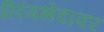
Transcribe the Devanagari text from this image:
लिंगभेदावर